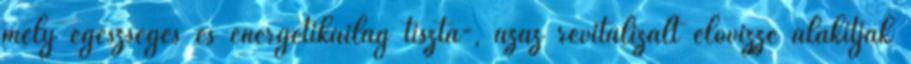
mely egészséges és energetikailag tiszta-, azaz revitalizált élővízzé alakítják